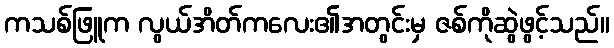
ကသစ်ဖြူက လွယ်အိတ်ကလေး၏အတွင်းမှ ဇစ်ကိုဆွဲဖွင့်သည်။